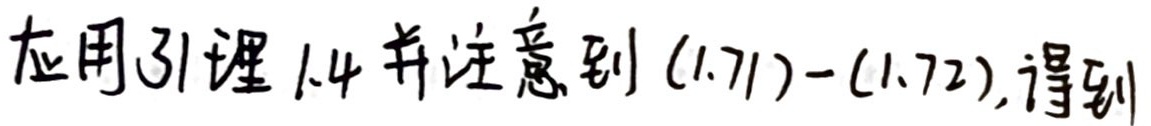
应用引理 1.4 并注意到 (1.71)-(1.72), 得到